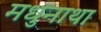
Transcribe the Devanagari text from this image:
मधुनाथा